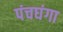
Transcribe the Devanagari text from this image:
पंचघंगा